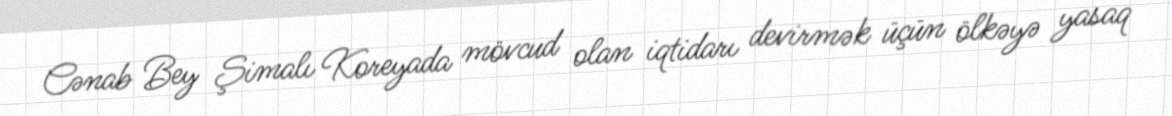
Cənab Bey Şimalı Koreyada mövcud olan iqtidarı devirmək üçün ölkəyə yasaq